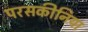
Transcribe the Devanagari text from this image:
परसकीनिया